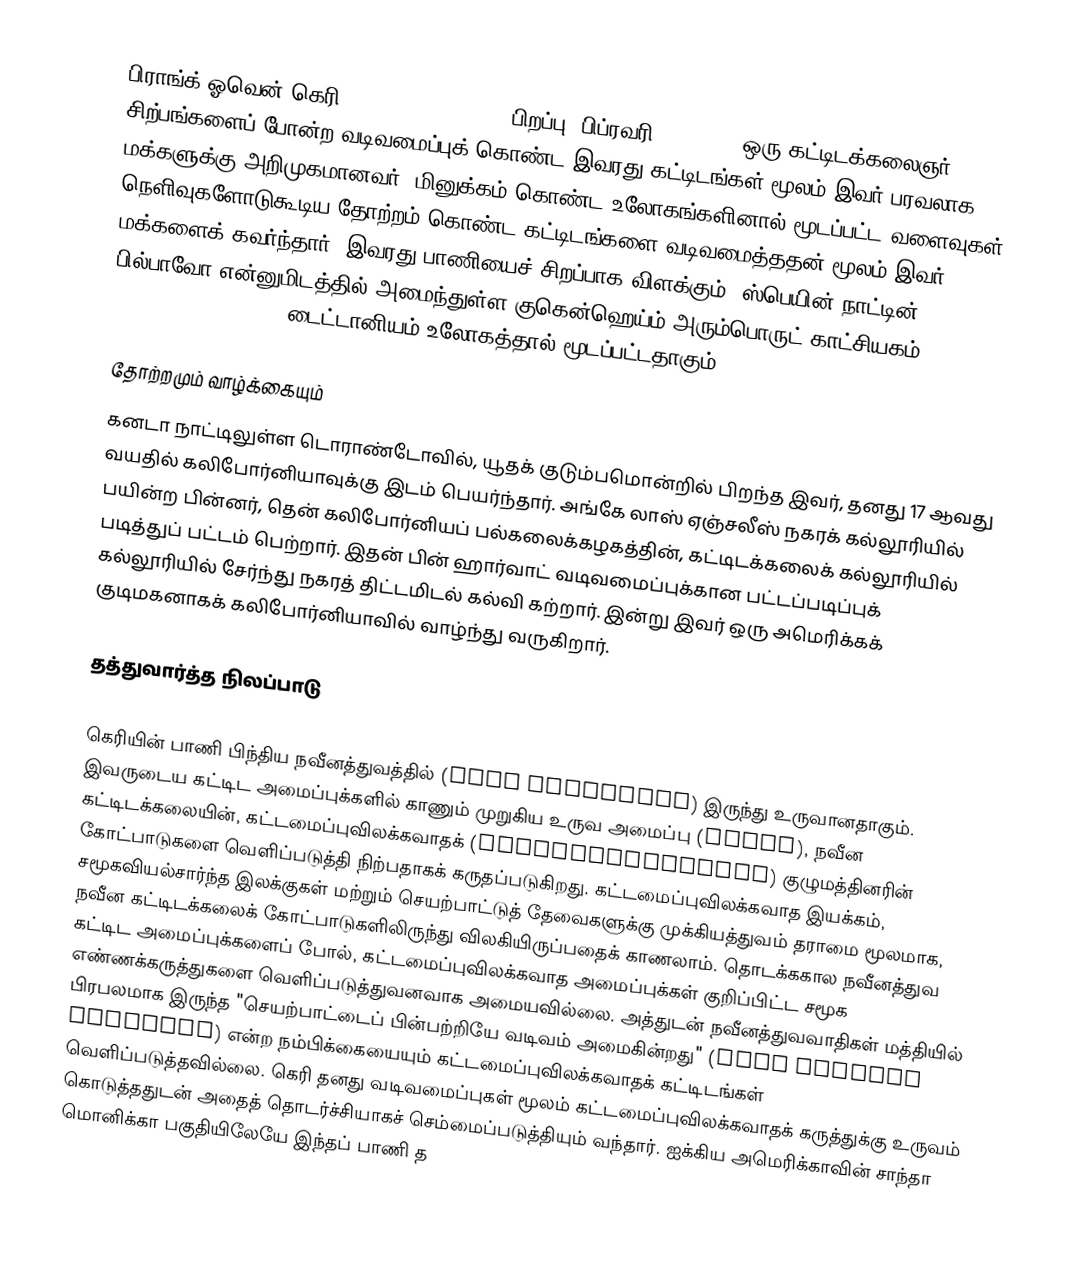
பிராங்க் ஓவென் கெரி (Frank Owen Gehry) (பிறப்பு: பிப்ரவரி 28, 1929) ஒரு கட்டிடக்கலைஞர். சிற்பங்களைப் போன்ற வடிவமைப்புக் கொண்ட இவரது கட்டிடங்கள் மூலம் இவர் பரவலாக மக்களுக்கு அறிமுகமானவர். மினுக்கம் கொண்ட உலோகங்களினால் மூடப்பட்ட வளைவுகள் நெளிவுகளோடுகூடிய தோற்றம் கொண்ட கட்டிடங்களை வடிவமைத்ததன் மூலம் இவர் மக்களைக் கவர்ந்தார். இவரது பாணியைச் சிறப்பாக விளக்கும், ஸ்பெயின் நாட்டின் பில்பாவோ என்னுமிடத்தில் அமைந்துள்ள குகென்ஹெய்ம் அரும்பொருட் காட்சியகம் (Guggenheim Museum), டைட்டானியம் உலோகத்தால் மூடப்பட்டதாகும்.

தோற்றமும் வாழ்க்கையும்
கனடா நாட்டிலுள்ள டொராண்டோவில், யூதக் குடும்பமொன்றில் பிறந்த இவர், தனது 17 ஆவது வயதில் கலிபோர்னியாவுக்கு இடம் பெயர்ந்தார். அங்கே லாஸ் ஏஞ்சலீஸ் நகரக் கல்லூரியில் பயின்ற பின்னர், தென் கலிபோர்னியப் பல்கலைக்கழகத்தின், கட்டிடக்கலைக் கல்லூரியில் படித்துப் பட்டம் பெற்றார். இதன் பின் ஹார்வாட் வடிவமைப்புக்கான பட்டப்படிப்புக் கல்லூரியில் சேர்ந்து நகரத் திட்டமிடல் கல்வி கற்றார். இன்று இவர் ஒரு அமெரிக்கக் குடிமகனாகக் கலிபோர்னியாவில் வாழ்ந்து வருகிறார்.

தத்துவார்த்த நிலப்பாடு

கெரியின் பாணி பிந்திய நவீனத்துவத்தில் (late modernism) இருந்து உருவானதாகும். இவருடைய கட்டிட அமைப்புக்களில் காணும் முறுகிய உருவ அமைப்பு (forms), நவீன கட்டிடக்கலையின், கட்டமைப்புவிலக்கவாதக் (deconstructivist) குழுமத்தினரின் கோட்பாடுகளை வெளிப்படுத்தி நிற்பதாகக் கருதப்படுகிறது. கட்டமைப்புவிலக்கவாத இயக்கம், சமூகவியல்சார்ந்த இலக்குகள் மற்றும் செயற்பாட்டுத் தேவைகளுக்கு முக்கியத்துவம் தராமை மூலமாக, நவீன கட்டிடக்கலைக் கோட்பாடுகளிலிருந்து விலகியிருப்பதைக் காணலாம். தொடக்ககால நவீனத்துவ கட்டிட அமைப்புக்களைப் போல், கட்டமைப்புவிலக்கவாத அமைப்புக்கள் குறிப்பிட்ட சமூக எண்ணக்கருத்துகளை வெளிப்படுத்துவனவாக அமையவில்லை. அத்துடன் நவீனத்துவவாதிகள் மத்தியில் பிரபலமாக இருந்த "செயற்பாட்டைப் பின்பற்றியே வடிவம் அமைகின்றது" (form follows function) என்ற நம்பிக்கையையும் கட்டமைப்புவிலக்கவாதக் கட்டிடங்கள் வெளிப்படுத்தவில்லை. கெரி தனது வடிவமைப்புகள் மூலம் கட்டமைப்புவிலக்கவாதக் கருத்துக்கு உருவம் கொடுத்ததுடன் அதைத் தொடர்ச்சியாகச் செம்மைப்படுத்தியும் வந்தார். ஐக்கிய அமெரிக்காவின் சாந்தா மொனிக்கா பகுதியிலேயே இந்தப் பாணி த